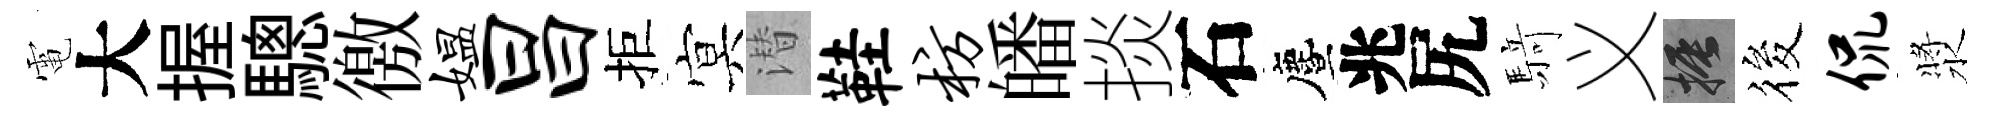
電大握驄徼媪昌拒㝠潜鞋枋皤掞石󵨌兆尻𮪍义振筱侃漿